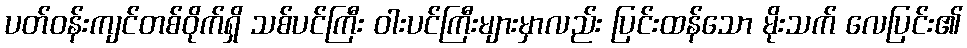
ပတ်ဝန်းကျင်တစ်ဝိုက်ရှိ သစ်ပင်ကြီး ဝါးပင်ကြီးများမှာလည်း ပြင်းထန်သော မိုးသက် လေပြင်း၏